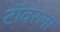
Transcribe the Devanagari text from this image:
टॉवरला